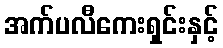
အက်ပလီကေးရှင်းနှင့်